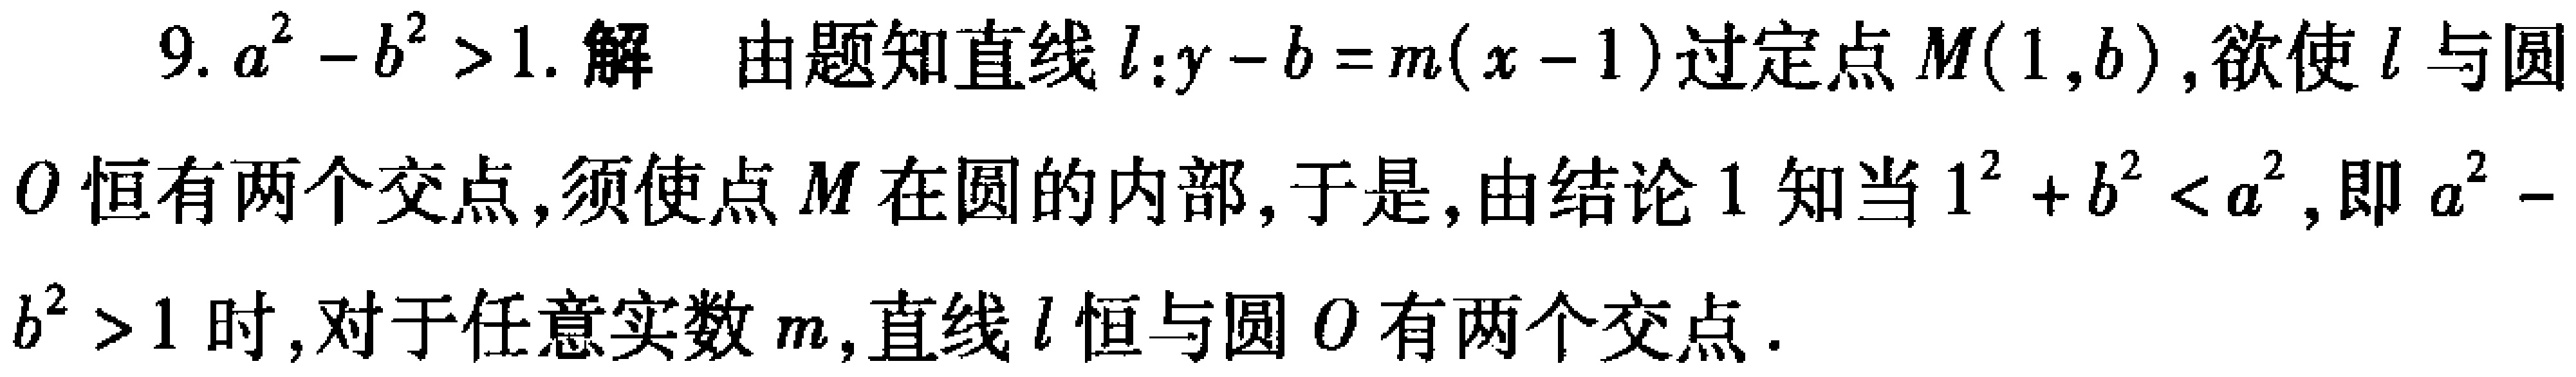
9. \(a^{2}-b^{2}>1\). 解 由题知直线\(l:y - b = m(x - 1)\)过定点\(M(1,b)\), 欲使\(l\)与圆\(O\)恒有两个交点, 须使点\(M\)在圆的内部, 于是, 由结论1知当\(1^{2}+b^{2}<a^{2}\), 即\(a^{2}-b^{2}>1\)时, 对于任意实数\(m\), 直线\(l\)恒与圆\(O\)有两个交点.